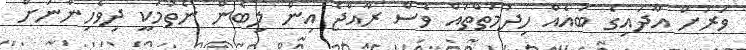
ވަރަށް އާދައިގެ ބައެއް ހިދުމަތްތައް ވެސް ރާއްޖެ އިން ލިބެން ނެތުމަކީ ދިވެހިންނަށް